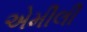
એમીલી